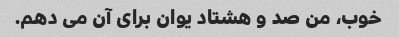
خوب، من صد و هشتاد یوان برای آن می دهم.